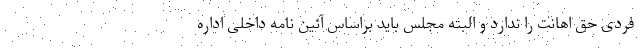
فردی حق اهانت را ندارد و البته مجلس باید براساس آئین نامه داخلی اداره